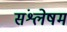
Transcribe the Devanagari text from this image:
संश्लेषम